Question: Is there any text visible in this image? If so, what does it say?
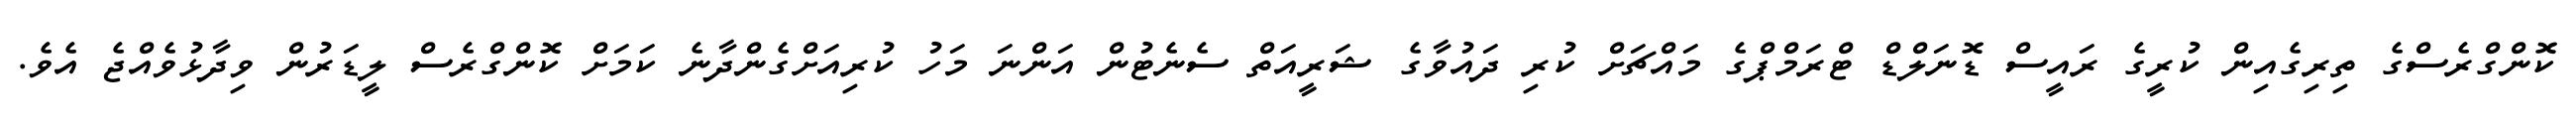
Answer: ކޮންގްރެސްގެ ތިރިގެއިން ކުރީގެ ރައީސް ޑޮނަލްޑް ޓްރަމްޕްގެ މައްޗަށް ކުރި ދައުވާގެ ޝަރީއަތް ސެނެޓުން އަންނަ މަހު ކުރިއަށްގެންދާނެ ކަމަށް ކޮންގްރެސް ލީޑަރުން ވިދާޅުވެއްޖެ އެވެ.